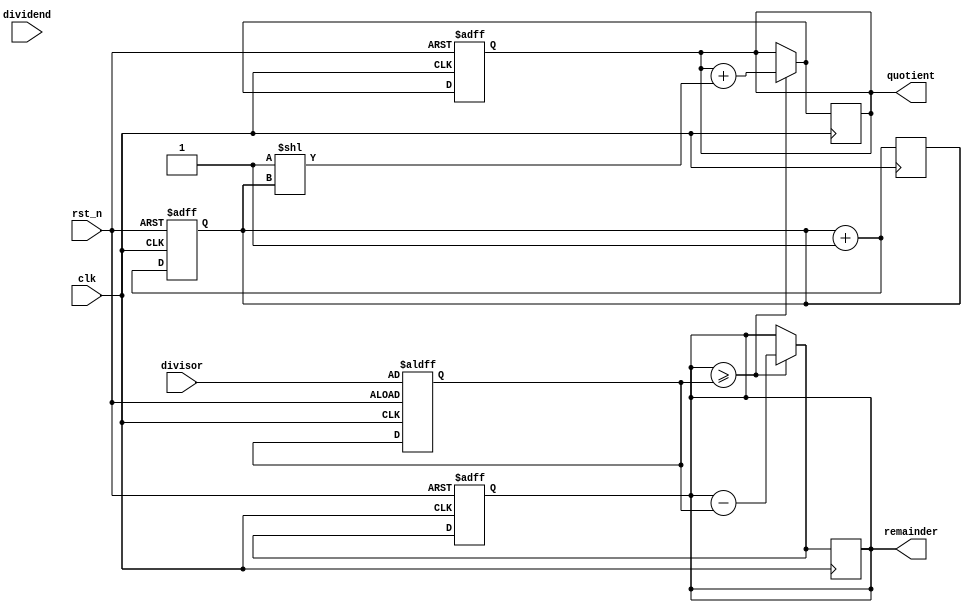
module radix_2_srt_divider (
    input wire clk,
    input wire rst_n,
    input wire [7:0] divisor,
    input wire [7:0] dividend,
    output reg [7:0] quotient,
    output reg [7:0] remainder
);

reg [7:0] dividend_reg;
reg [7:0] quotient_reg;
reg [7:0] remainder_reg;
reg [2:0] shift_count;
reg [7:0] temp_divisor;

always @(posedge clk or negedge rst_n) begin
    if (!rst_n) begin
        dividend_reg <= 0;
        quotient_reg <= 0;
        remainder_reg <= 0;
        shift_count <= 0;
        temp_divisor <= divisor;
    end else begin
        dividend_reg <= dividend;
        if (remainder_reg >= temp_divisor) begin
            remainder_reg <= remainder_reg - temp_divisor;
            quotient_reg <= quotient_reg + (1 << shift_count);
        end
        shift_count <= shift_count + 1;
    end
end

always @(posedge clk) begin
    if (remainder_reg >= temp_divisor) begin
        remainder_reg <= remainder_reg - temp_divisor;
        quotient_reg <= quotient_reg + (1 << shift_count);
    end
    shift_count <= shift_count + 1;
end

assign quotient = quotient_reg;
assign remainder = remainder_reg;

endmodule